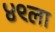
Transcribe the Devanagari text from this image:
४९ला